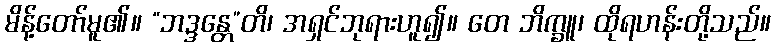
မိန့်တော်မူ၏။ “ဘဒ္ဒန္တေ”တိ၊ အရှင်ဘုရားဟူ၍။ တေ ဘိက္ခူ၊ ထိုရဟန်းတို့သည်။